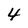
Character: 4